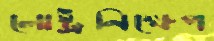
লোষ্ট্রনিক্ষেপ